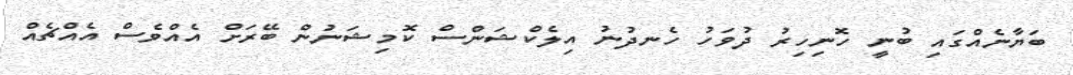
ބަޔާނެއްގައި ބުނީ ހޮނިހިރު ދުވަހު ހެނދުނު އިލެކްޝަންސް ކޮމިޝަނުން ބޭރަށް އެއްވެސް އެއްޗެއް